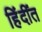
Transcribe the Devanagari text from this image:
हिंदींत